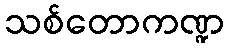
သစ်တောကဏ္ဍ